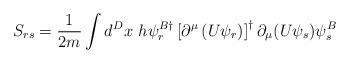
LaTeX: \begin{align*}S_{rs} = \frac{1}{2m} \int d^D x~h \psi_r^{B\dagger} \left[ \partial^{\mu} \left(U \psi_r \right) \right]^{\dagger} \partial_{\mu} (U \psi_s) \psi_s^B\end{align*}